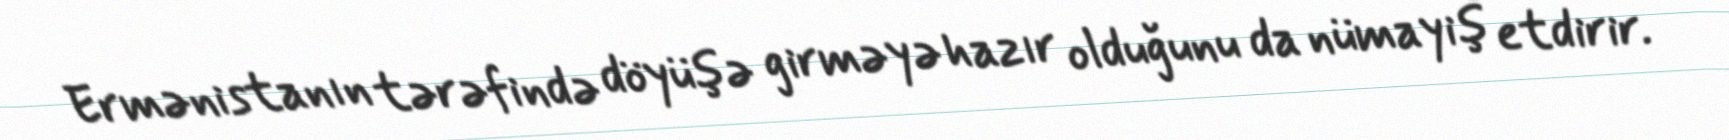
Ermənistanın tərəfində döyüşə girməyə hazır olduğunu da nümayiş etdirir.